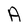
Character: A